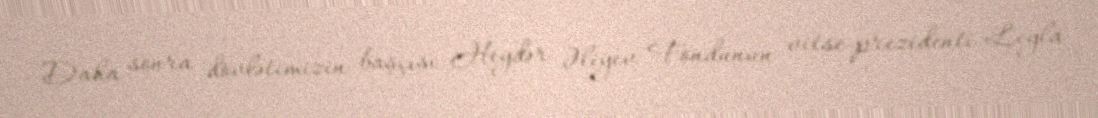
Daha sonra dövlətimizin başçısı Heydər Əliyev Fondunun vitse-prezidenti Leyla